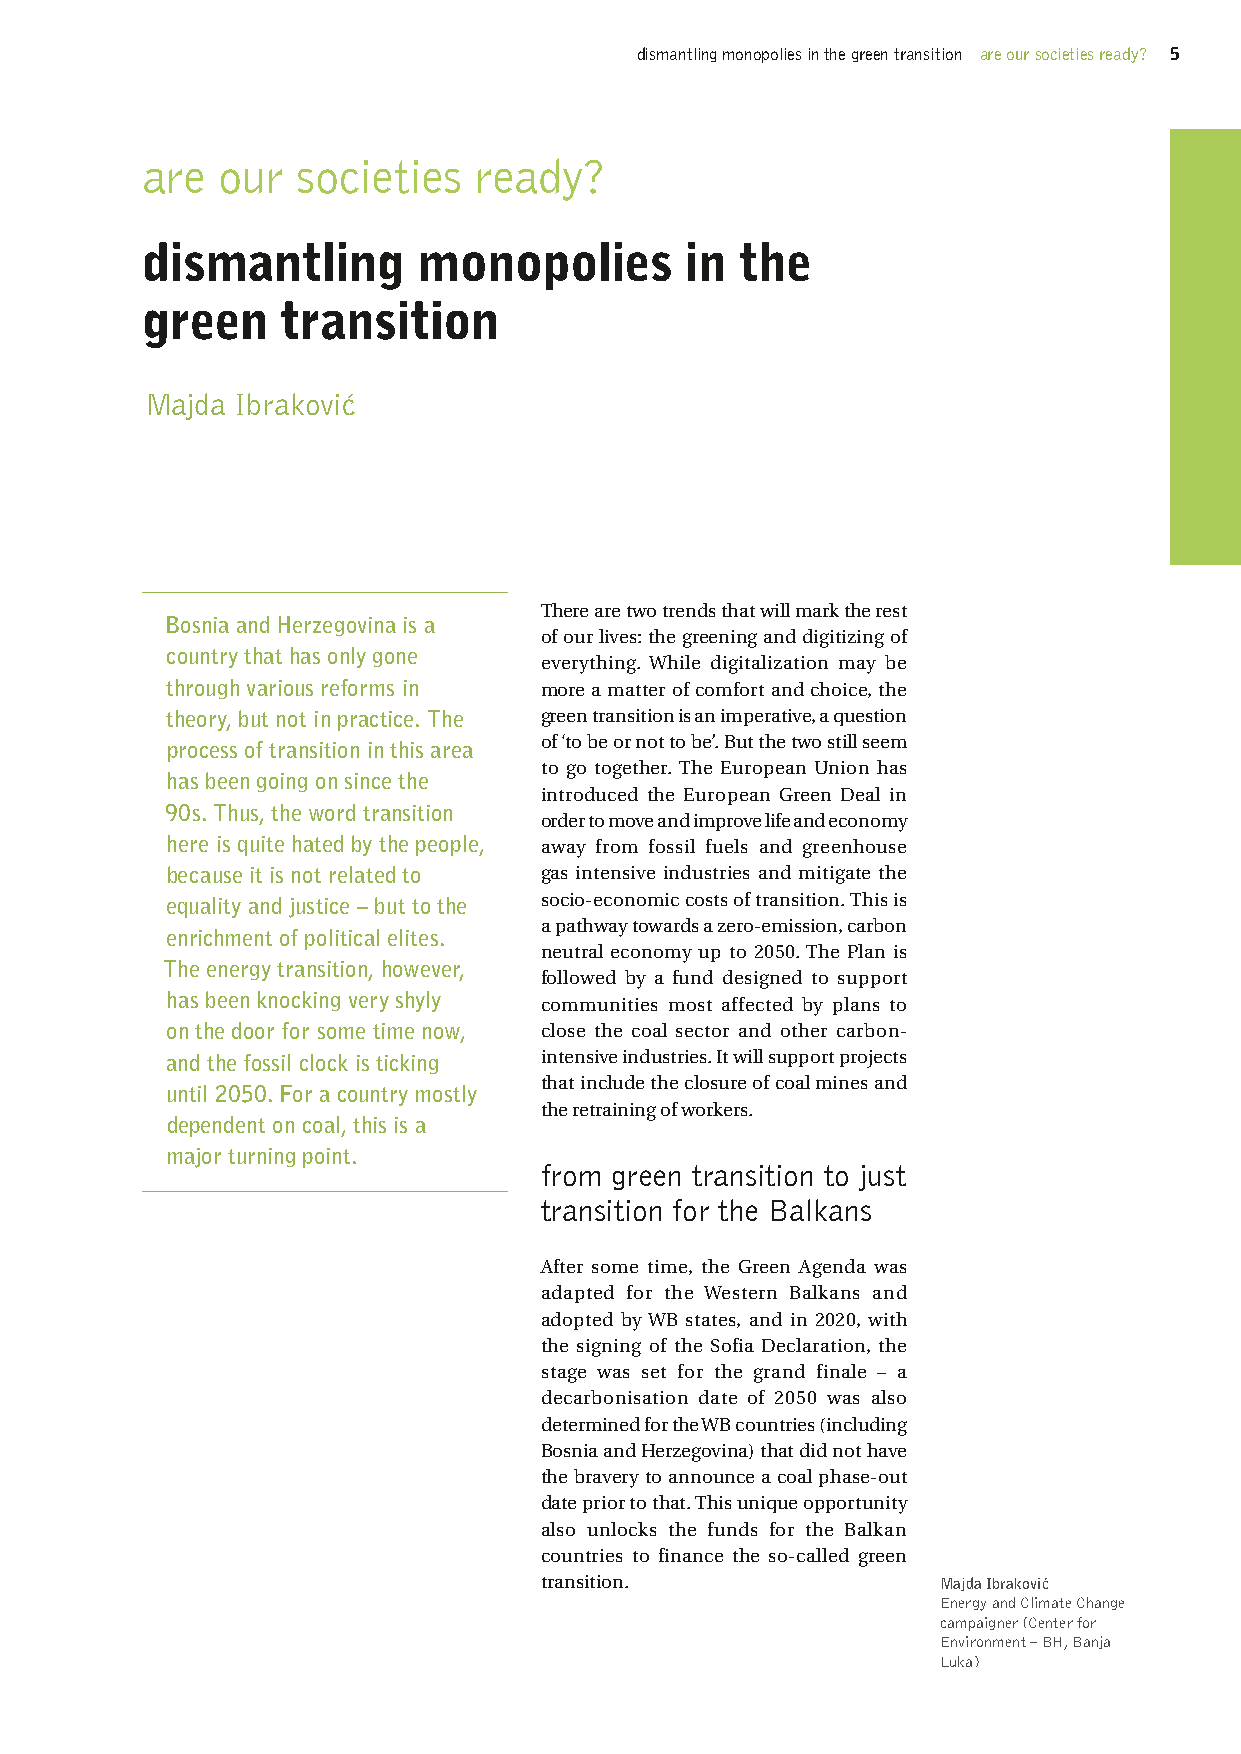
dismantling monopolies in the green transition are our societies ready? 5
 are  our   societies  ready?
 dismantling        monopolies       in  the
 green     transition
 Majda Ibraković
 There are two trends that will mark the rest
 Bosnia and Herzegovina is a
 of our lives: the greening and digitizing of
 country that has only gone
 everything. While digitalization may be
 through various reforms in more a matter of comfort and choice, the
 theory, but not in practice. The green transition is an imperative, a question
 of ‘to be or not to be’. But the two still seem
 process of transition in this area
 to go together. The European Union has
 has been going on since the
 introduced the European Green Deal in
 90s. Thus, the word transition
 order to move and improve life and economy
 here is quite hated by the people, away from fossil fuels and greenhouse
 because it is not related to gas intensive industries and mitigate the
 equality and justice – but to the socio-economic costs of transition. This is
 a pathway towards a zero-emission, carbon
 enrichment of political elites.
 neutral economy up to 2050. The Plan is
 The energy transition, however,
 followed by a fund designed to support
 has been knocking very shyly communities most affected by plans to
 on the door for some time now, close the coal sector and other carbon-
 and the fossil clock is ticking intensive industries. It will support projects
 that include the closure of coal mines and
 until 2050. For a country mostly
 the retraining of workers.
 dependent on coal, this is a
 major turning point.
 from green transition to just
 transition for the Balkans
 After some time, the Green Agenda was
 adapted for the Western Balkans and
 adopted by WB states, and in 2020, with
 the signing of the Sofia Declaration, the
 stage was set for the grand finale – a
 decarbonisation date of 2050 was also
 determined for the WB countries (including
 Bosnia and Herzegovina) that did not have
 the bravery to announce a coal phase-out
 date prior to that. This unique opportunity
 also unlocks the funds for the Balkan
 countries to finance the so-called green
 transition.               Majda Ibraković
 Energy and Climate Change
 campaigner (Center for
 Environment – BH, Banja
 Luka)